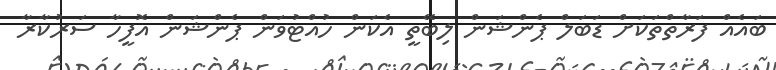
ބައެއް ފަރާތްތަކަށް ޑަބަލް ޕެންޝަން ލިބޭތީ އެކަން ހުއްޓުވަން ޕެންޝަން އޮފީހާ ސަރުކާރާ